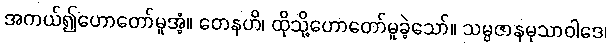
အကယ်၍ဟောတော်မူအံ့။ တေနဟိ၊ ထိုသို့ဟောတော်မူခဲ့သော်။ သမ္ပဇာနမုသာဝါဒေ၊